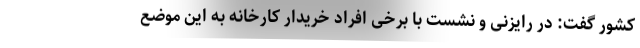
کشور گفت: در رایزنی‌ و نشست با برخی افراد خریدار کارخانه به این موضع